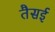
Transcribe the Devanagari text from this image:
तैसई